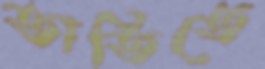
তাতিতে